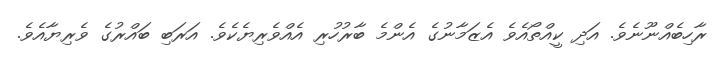
ރާހިބެއްނޫނެވެ. އަދި ކީއްތޯއެވެ އެޒަމާނުގެ އެންމެ ބާރުހުރި އެއްވެރިޔެކެވެ. އަރަބި ބައްރުގެ ވެރިޔާއެވެ.